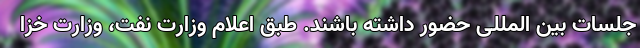
جلسات بین المللی حضور داشته باشند. طبق اعلام وزارت نفت، وزارت خزا